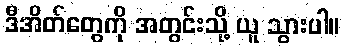
ဒီအိတ်တွေကို အတွင်းသို့ ယူ သွားပါ။